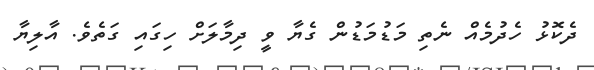
ދެކޮޅު ހެދުމެއް ނެތި މަޑުމަޑުން ގެޔާ ވީ ދިމާލަށް ހިގައި ގަތެވެ. އާލިޔާ